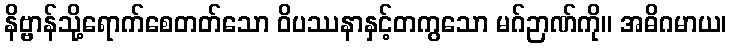
နိဗ္ဗာန်သို့ရောက်စေတတ်သော ဝိပဿနာနှင့်တကွသော မဂ်ဉာဏ်ကို။ အဓိဂမာယ၊